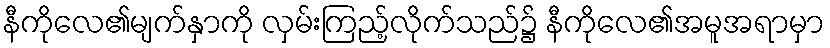
နီကိုလေ၏မျက်နှာကို လှမ်းကြည့်လိုက်သည်၌ နီကိုလေ၏အမူအရာမှာ